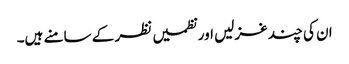
ان کی چند غزلیں اور نظمیں نظر کے سامنے ہیں۔